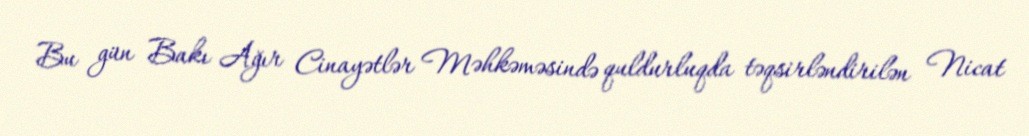
Bu gün Bakı Ağır Cinayətlər Məhkəməsində quldurluqda təqsirləndirilən Nicat